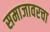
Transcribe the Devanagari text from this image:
समाजावरचा